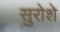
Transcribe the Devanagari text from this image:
सुरोशे